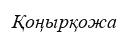
Қоңырқожа